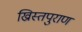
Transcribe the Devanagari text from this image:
ख्रिस्तपुराण